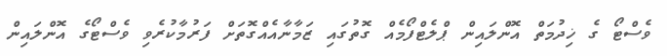
ވެސްޓޯ ގެ ޚިދުމަތް އޮންލައިން ޕްލެޓްފޯމެއް ގޮތުގައި ޒަމާނާއެއްގޮތަށް ފަރުމާކުރެވި ވެސްޓޯގެ އޮންލައިން